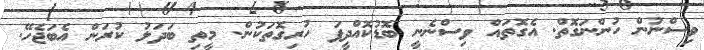
ވިސްނުން ހުންނަގޮތް. އެގޮތައް ވިސްނެނީ ބޮޑުކޮއްދީފަ ހުރިގޮތަކުން. މީތި ބަދަލު ކުރަން އެބަޖެހޭ.